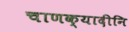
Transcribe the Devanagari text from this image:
चाणक्यादीनि